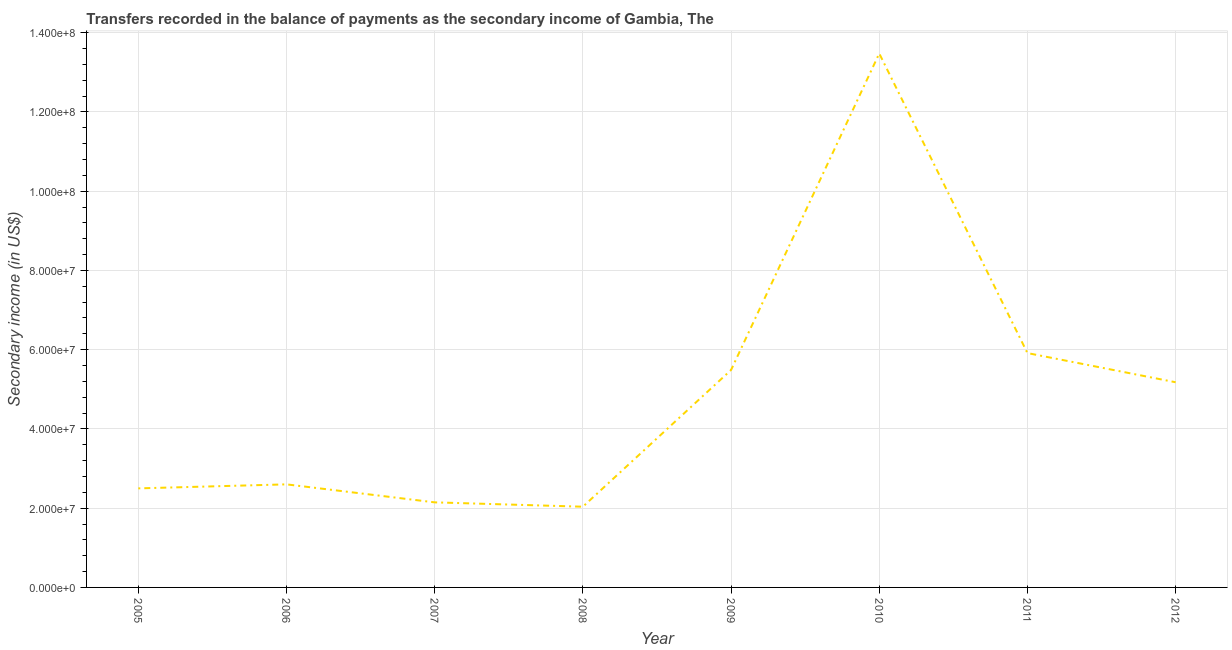
| Year | Secondary income |
 | --- | --- |
 | 2005 | 2.5e+07 |
 | 2006 | 2.6e+07 |
 | 2007 | 2.15e+07 |
 | 2008 | 2.04e+07 |
 | 2009 | 5.49e+07 |
 | 2010 | 1.35e+08 |
 | 2011 | 5.91e+07 |
 | 2012 | 5.18e+07 |